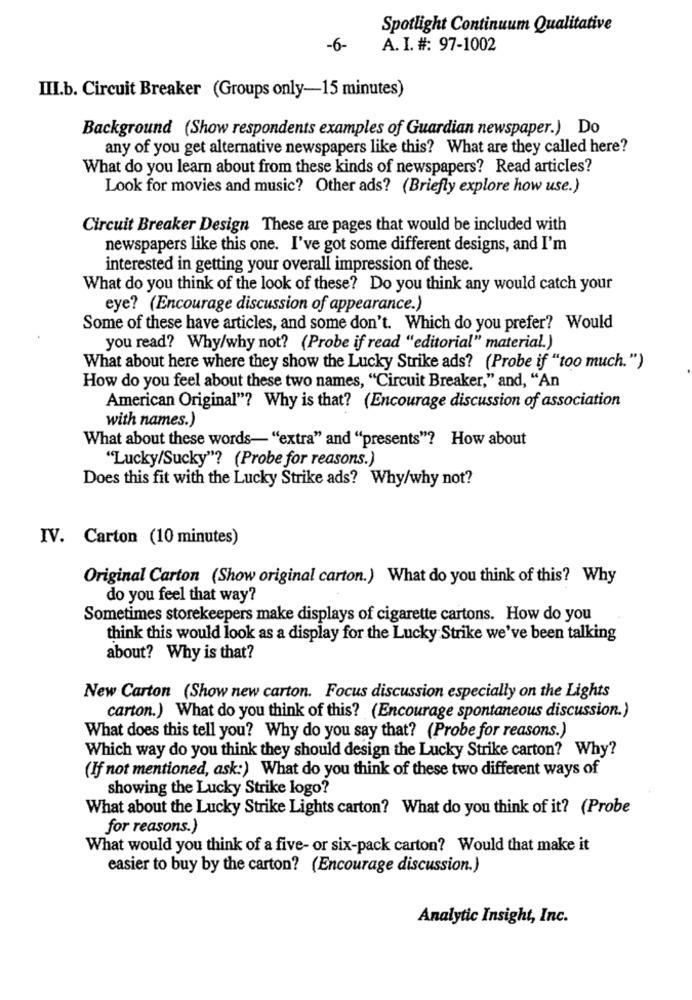
Spotlight Continuum Qualitative
-6-
A. I. #: 97-1002
III.b. Circuit Breaker (Groups only-15 minutes)
Background (Show respondents examples of Guardian newspaper.) Do
any of you get alternative newspapers like this? What are they called here?
What do you learn about from these kinds of newspapers? Read articles?
Look for movies and music? Other ads? (Briefly explore how use.)
Circuit Breaker Design These are pages that would be included with
newspapers like this one. I've got some different designs, and I'm
interested in getting your overall impression of these.
What do you think of the look of these? Do you think any would catch your
eye? (Encourage discussion of appearance.)
Some of these have articles, and some don't. Which do you prefer? Would
you read? Why/why not? (Probe if read "editorial" material.)
What about here where they show the Lucky Strike ads? (Probe if "too much.")
How do you feel about these two names, "Circuit Breaker," and, "An
American Original"? Why is that? (Encourage discussion of association
with names.)
What about these words- "extra" and "presents"? How about
"Lucky/Sucky"? (Probe for reasons.)
Does this fit with the Lucky Strike ads? Why/why not?
IV. Carton (10 minutes)
Original Carton (Show original carton.) What do you think of this? Why
do you feel that way?
Sometimes storekeepers make displays of cigarette cartons. How do you
think this would look as a display for the Lucky Strike we've been talking
about? Why is that?
New Carton (Show new carton. Focus discussion especially on the Lights
carton.) What do you think of this? (Encourage spontaneous discussion.)
What does this tell you? Why do you say that? (Probe for reasons.)
Which way do you think they should design the Lucky Strike carton? Why?
(If not mentioned, ask:) What do you think of these two different ways of
showing the Lucky Strike logo?
What about the Lucky Strike Lights carton? What do you think of it? (Probe
for reasons.)
What would you think of a five- or six-pack carton? Would that make it
easier to buy by the carton? (Encourage discussion.)
Analytic Insight, Inc.